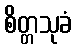
စိတ္တသုခံ